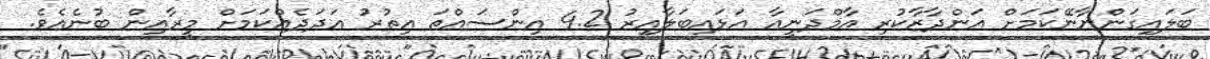
ބަލައިގަންނާނޭކަމަށް އަންދާޒާކުރި އާމްދަނީއާ އަޅައިބަލާއިރު 4.2 އިންސައްތަ އިތުރު އަދަދެއްކަމަށް މީރާއިން ބުނެއެވެ.